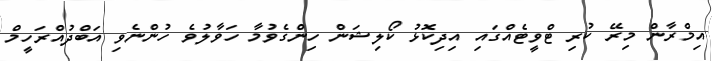
އިމްރާން މިރޭ ކުރި ޓްވީޓެއްގައި އިދިކޮޅު ކޯލިޝަން ހިންގެވުމާ ހަވާލުވެ ހުންްނެވި އަބްދުއްރަހީމް